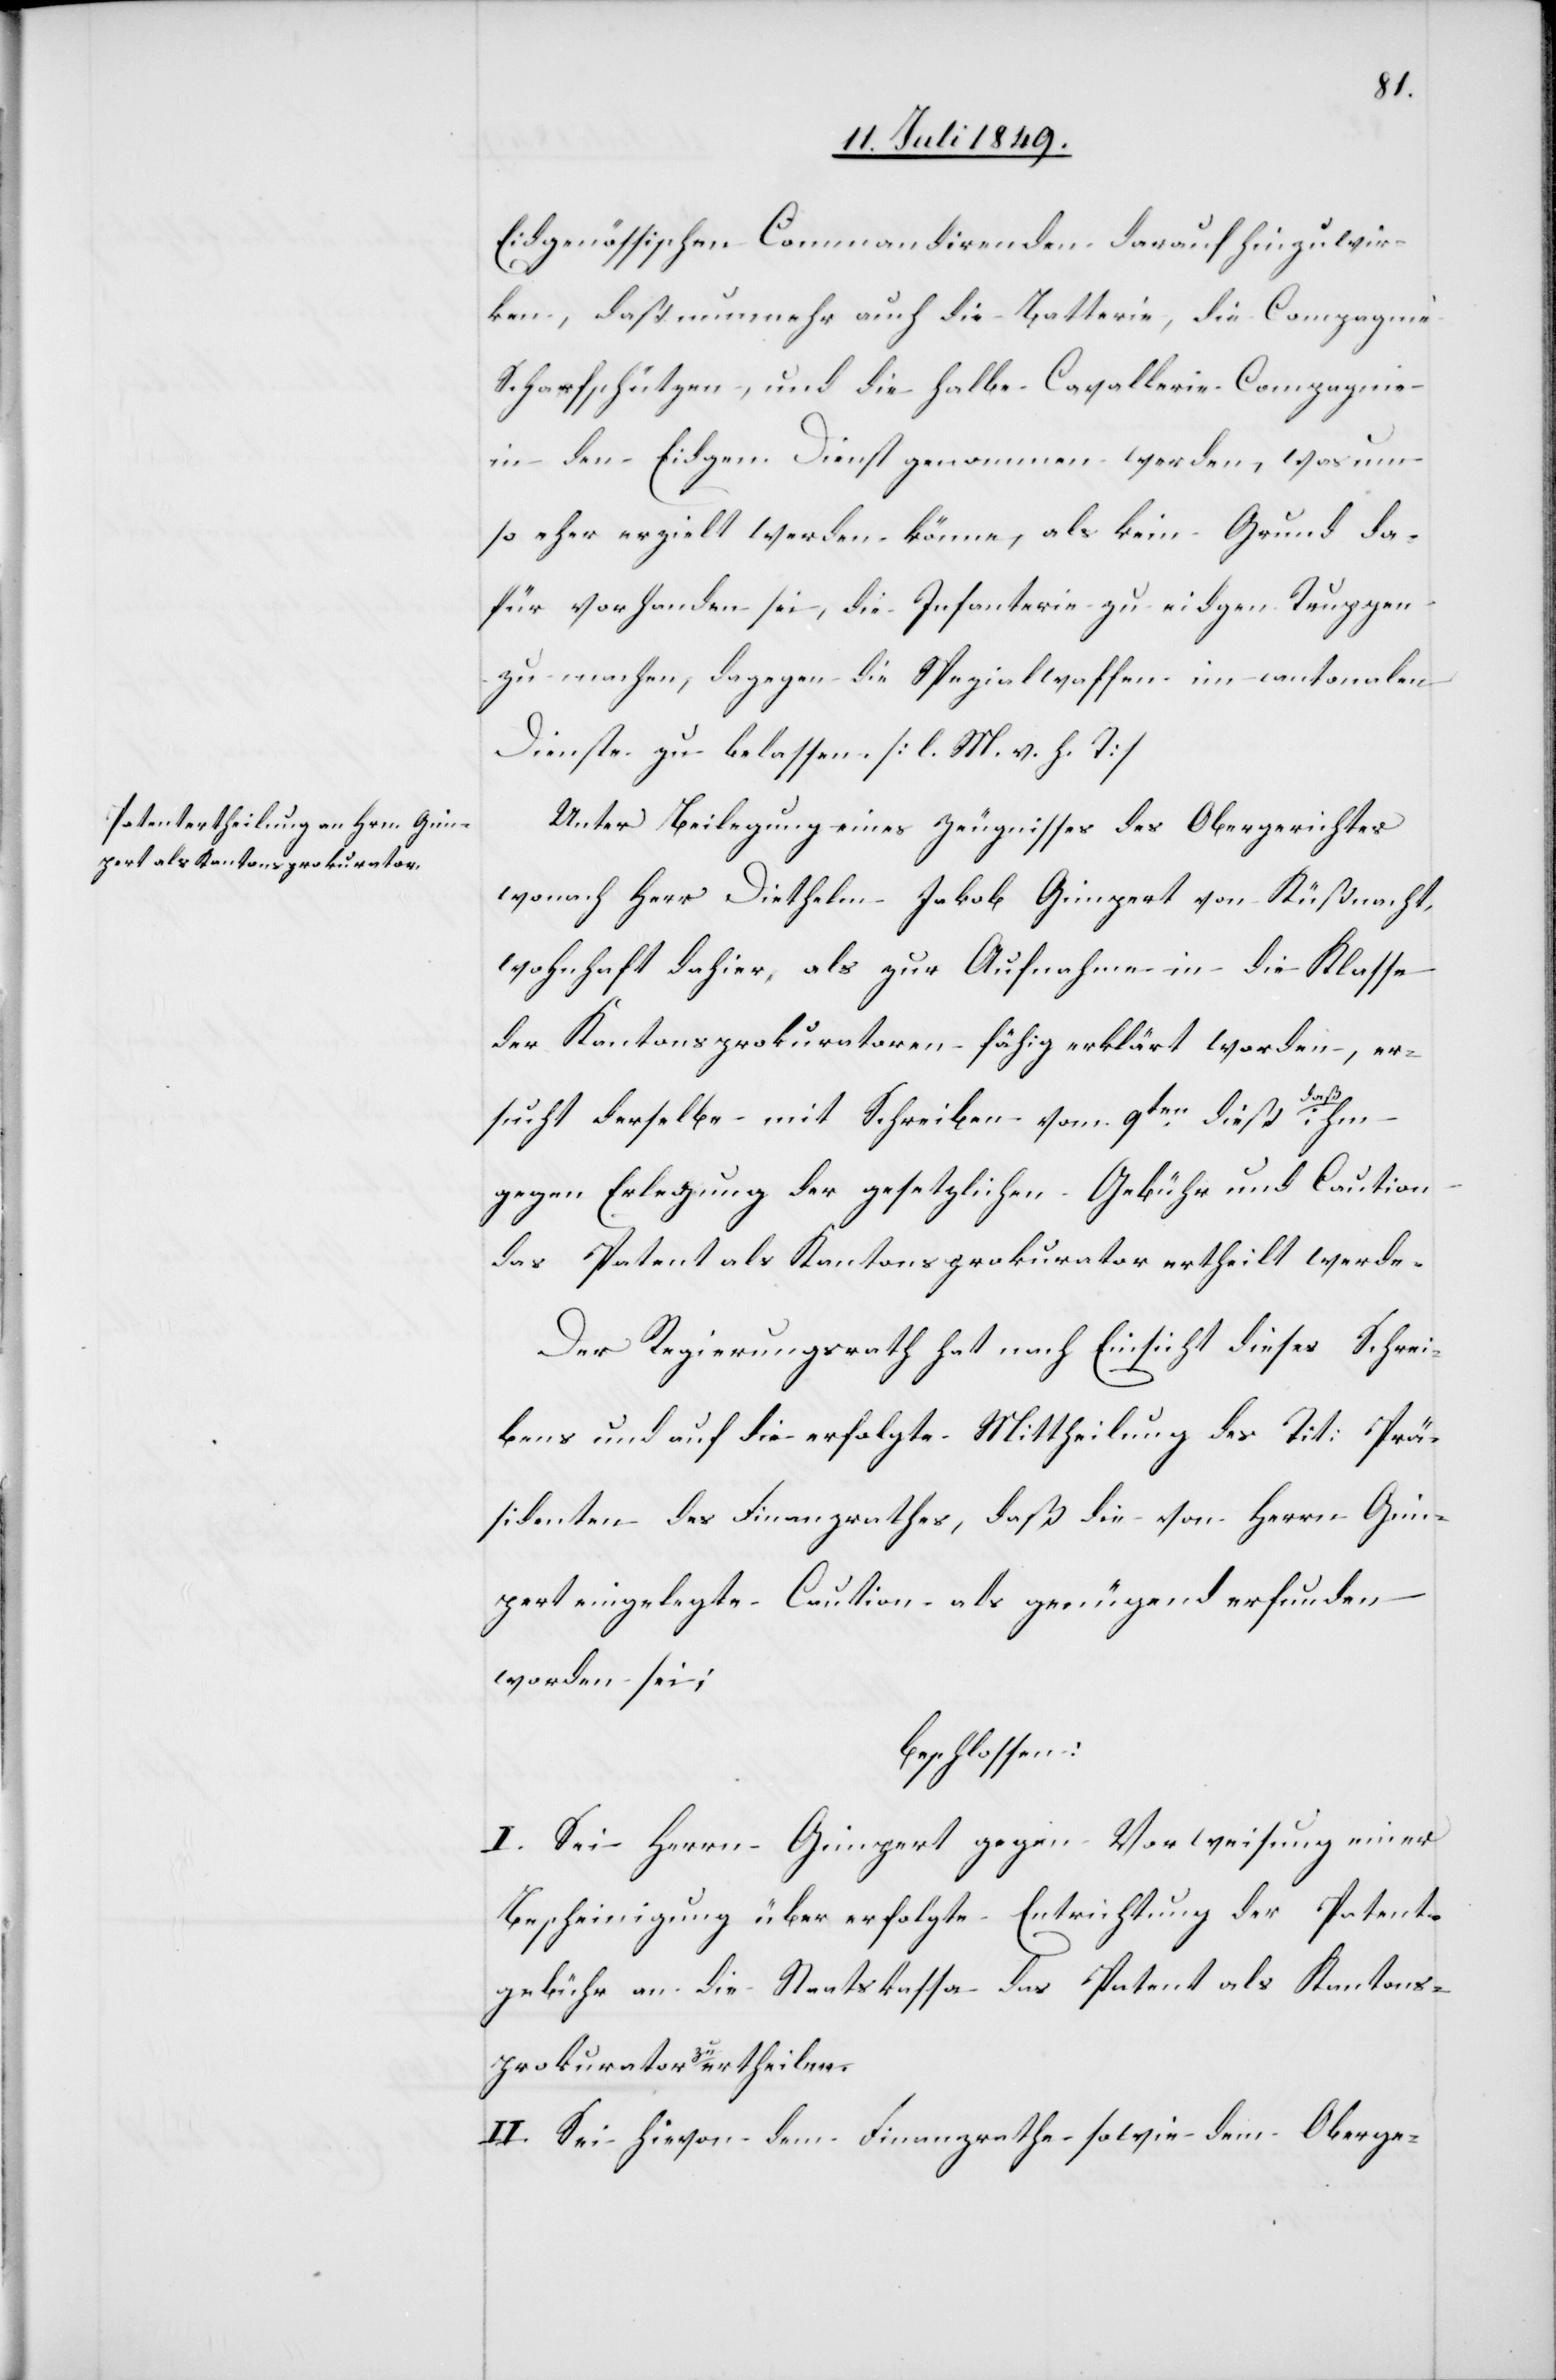
Eidgenössischen Commandirenden darauf hinzuwir¬
ken, daß nunmehr auch die Batterie, die Compagnie
Scharfschützen, und die halbe Cavallerie Compagnie
in den Eidgen. Dienst genommen werden, was um
so eher erzielt werden könne, als kein Grund da¬
für vorhanden sei, die Infanterie zu eidgen. Truppen
zu machen, dagegen die Spezialwaffen im cantonalen
Dienste zu belassen. [l. M. h. T]
Unter Beilegung eines Zeugnisses des Obergerichtes
wonach Herr Diethelm Jakob Gimpert von Küßnacht,
wohnhaft dahier, als zur Aufnahme in die Klasse
der Kantonsprokuratoren fähig erklärt worden, er¬
sucht derselbe mit Schreiben vom 9ten dieß daß ihm
gegen Erlegung der gesetzlichen Gebühr und Caution
das Patent als Kantonsprokurator ertheilt werde.
Der Regierungsrath hat nach Einsicht dieses Schrei¬
bens und auf die erfolgte Mittheilung des Tit: Prä¬
sidenten des Finanzrathes, daß die von Herrn Gim¬
pert eingelegte Caution als genügend erfunden
worden sei;
beschlossen:
I. Sei Herrn Gimpert gegen Vorweisung einer
Bescheinigung über erfolgte Entrichtung der Patent¬
gebühr an die Staatskassa das Patent als Kantons¬
prokurator zu ertheilen.
II. Sei hievon dem Finanzrathe sowie dem Oberge-